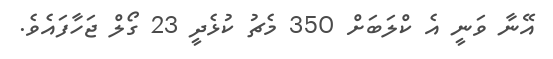
އޭނާ ވަނީ އެ ކްލަބަށް 350 މެޗު ކުޅެދީ 23 ގޯލް ޖަހާފައެވެ.